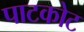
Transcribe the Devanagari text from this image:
पाटकोट